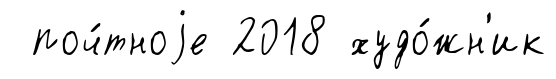
поч́тноjе 2018 худо́жн'ик